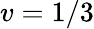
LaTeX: v=1/3